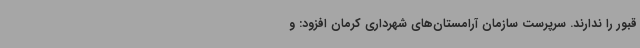
قبور را ندارند. سرپرست سازمان آرامستان‌های شهرداری کرمان افزود: و